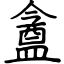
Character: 盦